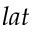
l a t